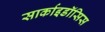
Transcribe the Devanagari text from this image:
सार्काइडॉसिस